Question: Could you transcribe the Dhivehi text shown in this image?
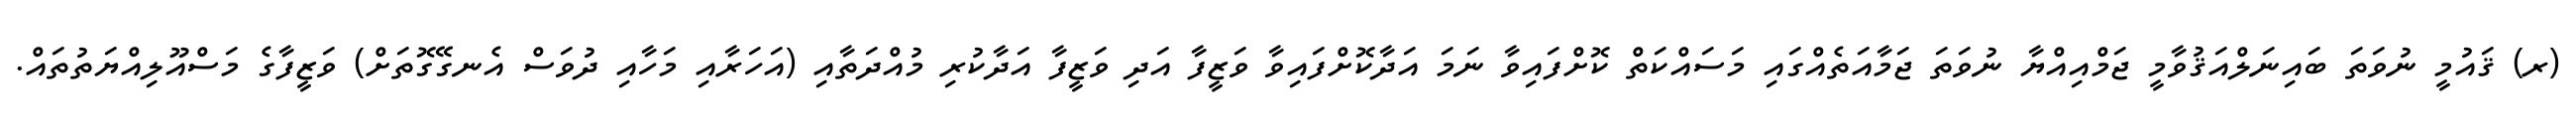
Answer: (ރ) ޤައުމީ ނުވަތަ ބައިނަލްއަޤުވާމީ ޖަމްއިއްޔާ ނުވަތަ ޖަމާއަތެއްގައި މަސައްކަތް ކޮށްފައިވާ ނަމަ އަދާކޮށްފައިވާ ވަޒީފާ އަދި ވަޒީފާ އަދާކުރި މުއްދަތާއި (އަހަރާއި މަހާއި ދުވަސް އެނގޭގޮތަށް) ވަޒީފާގެ މަސްއޫލިއްޔަތުތައް.